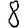
Digit: 8